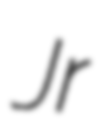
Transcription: Jr